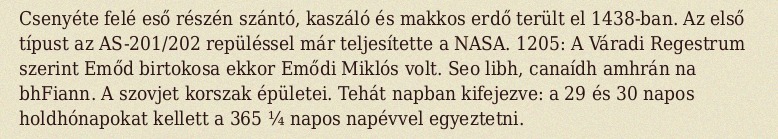
Csenyéte felé eső részén szántó, kaszáló és makkos erdő terült el 1438-ban. Az első típust az AS-201/202 repüléssel már teljesítette a NASA. 1205: A Váradi Regestrum szerint Emőd birtokosa ekkor Emődi Miklós volt. Seo libh, canaídh amhrán na bhFiann. A szovjet korszak épületei. Tehát napban kifejezve: a 29 és 30 napos holdhónapokat kellett a 365 ¼ napos napévvel egyeztetni.